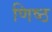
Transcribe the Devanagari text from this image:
णिष्ठ